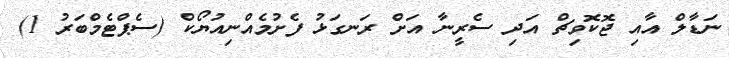
ނަޑާލް އާއި ޖޮކޮވިޗް އަދި ސެރީނާ އަށް ރަނގަޅު ފެށުމެއްނިއުޔޯކް (ސެޕްޓެމްބަރު 1)